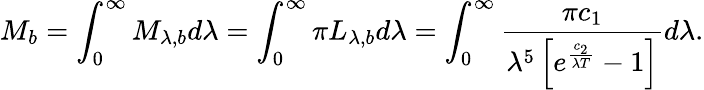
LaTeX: M_{b}=\int_{0}^{\infty}M_{\lambda,b}d\lambda=\int_{0}^{\infty}\pi L_{\lambda,b}d\lambda=\int_{0}^{\infty}\frac{\pi c_{1}}{\lambda^{5}\left[e^{\frac{c_{2}}{\lambda T}}-1\right]}d\lambda\mathrm{.}